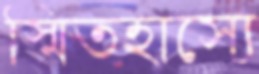
স্মিতহাস্যে